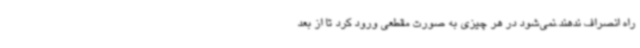
راه انصراف ندهند.نمی‌شود در هر چیزی به صورت مقطعی ورود کرد تا از بعد